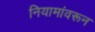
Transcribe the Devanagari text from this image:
नियामांवरून